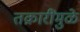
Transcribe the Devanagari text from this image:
तक्रारींमुळे